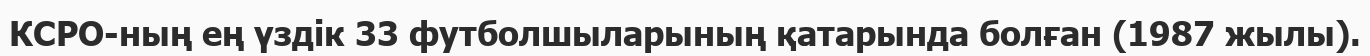
КСРО-ның ең үздік 33 футболшыларының қатарында болған (1987 жылы).